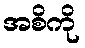
အစိကို